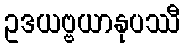
ဥဒယဗ္ဗယာနုပဿီ